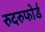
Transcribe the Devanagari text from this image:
रुदरुफोर्ड